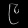
Digit: ၉